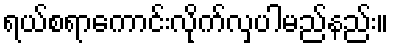
ရယ်စရာကောင်းလိုက်လှပါမည်နည်း။